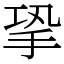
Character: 㧬